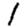
Digit: 1